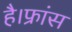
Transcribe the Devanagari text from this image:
है।फ्रांस